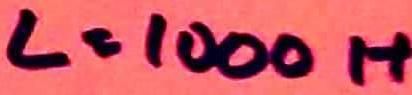
Text: L=1000H